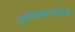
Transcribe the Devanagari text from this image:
दूरचित्रवाणीकडे